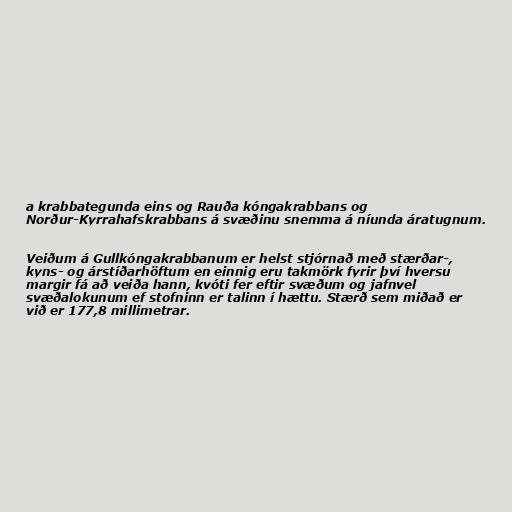
a krabbategunda eins og Rauða kóngakrabbans og
Norður-Kyrrahafskrabbans á svæðinu snemma á níunda áratugnum.

Veiðum á Gullkóngakrabbanum er helst stjórnað með stærðar-,
kyns- og árstíðarhöftum en einnig eru takmörk fyrir því hversu
margir fá að veiða hann, kvóti fer eftir svæðum og jafnvel
svæðalokunum ef stofninn er talinn í hættu. Stærð sem miðað er
við er 177,8 millimetrar.